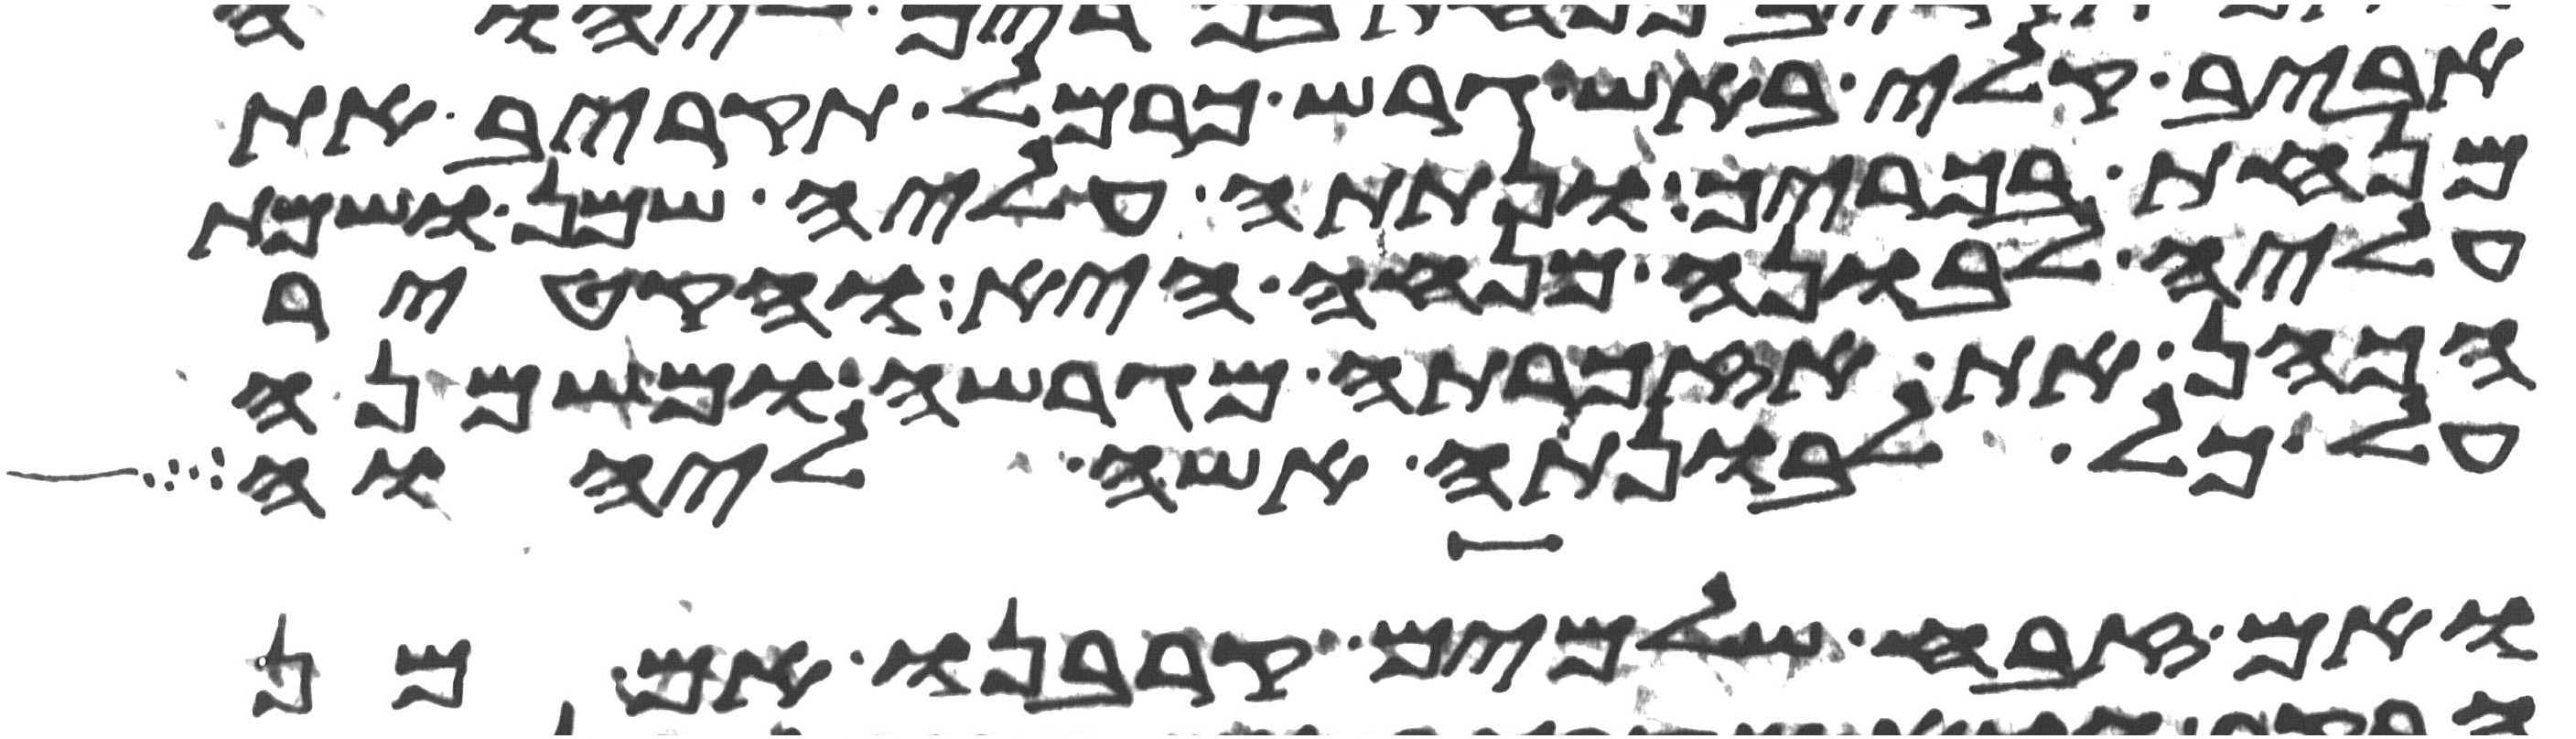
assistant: אביב קלי באש גרש כרמל תקריב את
מנחת בכוריך ונתתה עליה שמן ושמת
עליה לבונה מנחה היא והקטיר
הכהן את אזכרתה מגרשה ומשמנה
על כל לבונתה אשה ליהוה
ואם זבח שלמים קרבנו אם מן